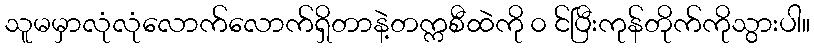
သူမမှာလုံလုံလောက်လောက်ရှိတာနဲ့တက္ကစီထဲကို ၀ င်ပြီးကုန်တိုက်ကိုသွားပါ။